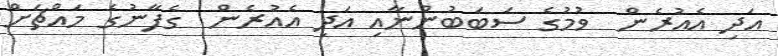
އަދި އެއުރެން  ވުމުގެ ސަބަބުންނާއި އަދި އެއުރެން  ގެފާނުގެ މައްޗަށް